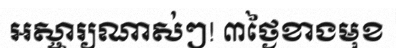
អស្ចារ្យណាស់ៗ! ៣ថ្ងៃខាងមុខ